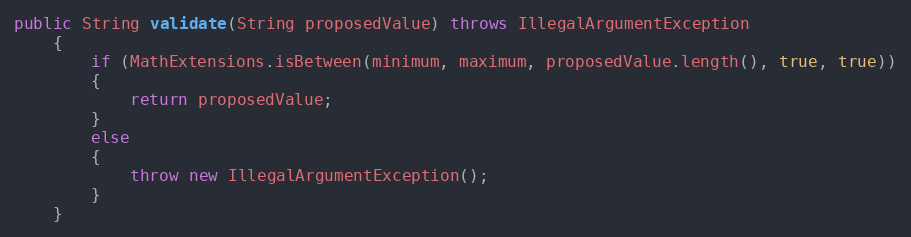
Language: Java
public String validate(String proposedValue) throws IllegalArgumentException
	{
		if (MathExtensions.isBetween(minimum, maximum, proposedValue.length(), true, true))
		{
			return proposedValue;
		}
		else
		{
			throw new IllegalArgumentException();
		}
	}